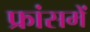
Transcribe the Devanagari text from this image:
फ्रांसमें